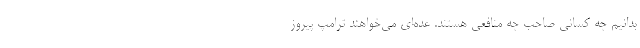
بدانیم چه کسانی صاحب چه منافعی هستند. عده‌ای می‌خواهند ترامپ پیروز